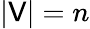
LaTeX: |\mathsf{V}|=n